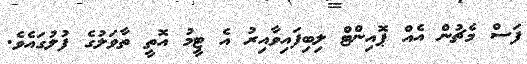
ފަސް މެޗުން އެއް ޕޮއިންޓް ލިބިފައިވާއިރު އެ ޓީމު އޮތީ ތާވަލުގެ ފުލުގައެވެ.